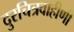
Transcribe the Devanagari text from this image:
दुरचित्रवाहीणी